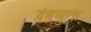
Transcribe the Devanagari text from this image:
द्वंद्वमुक्त